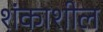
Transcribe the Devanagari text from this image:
शंकाशील